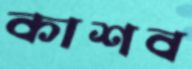
কাশব